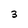
Character: 3